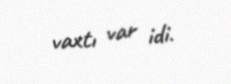
vaxtı var idi.